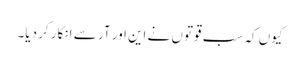
کیوں کہ سب قوتوں نے این اور آر سے انکار کر دیا۔